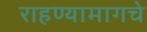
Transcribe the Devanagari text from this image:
राहण्यामागचे